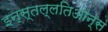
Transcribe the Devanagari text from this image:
इन्स्तल्लतिओन्स